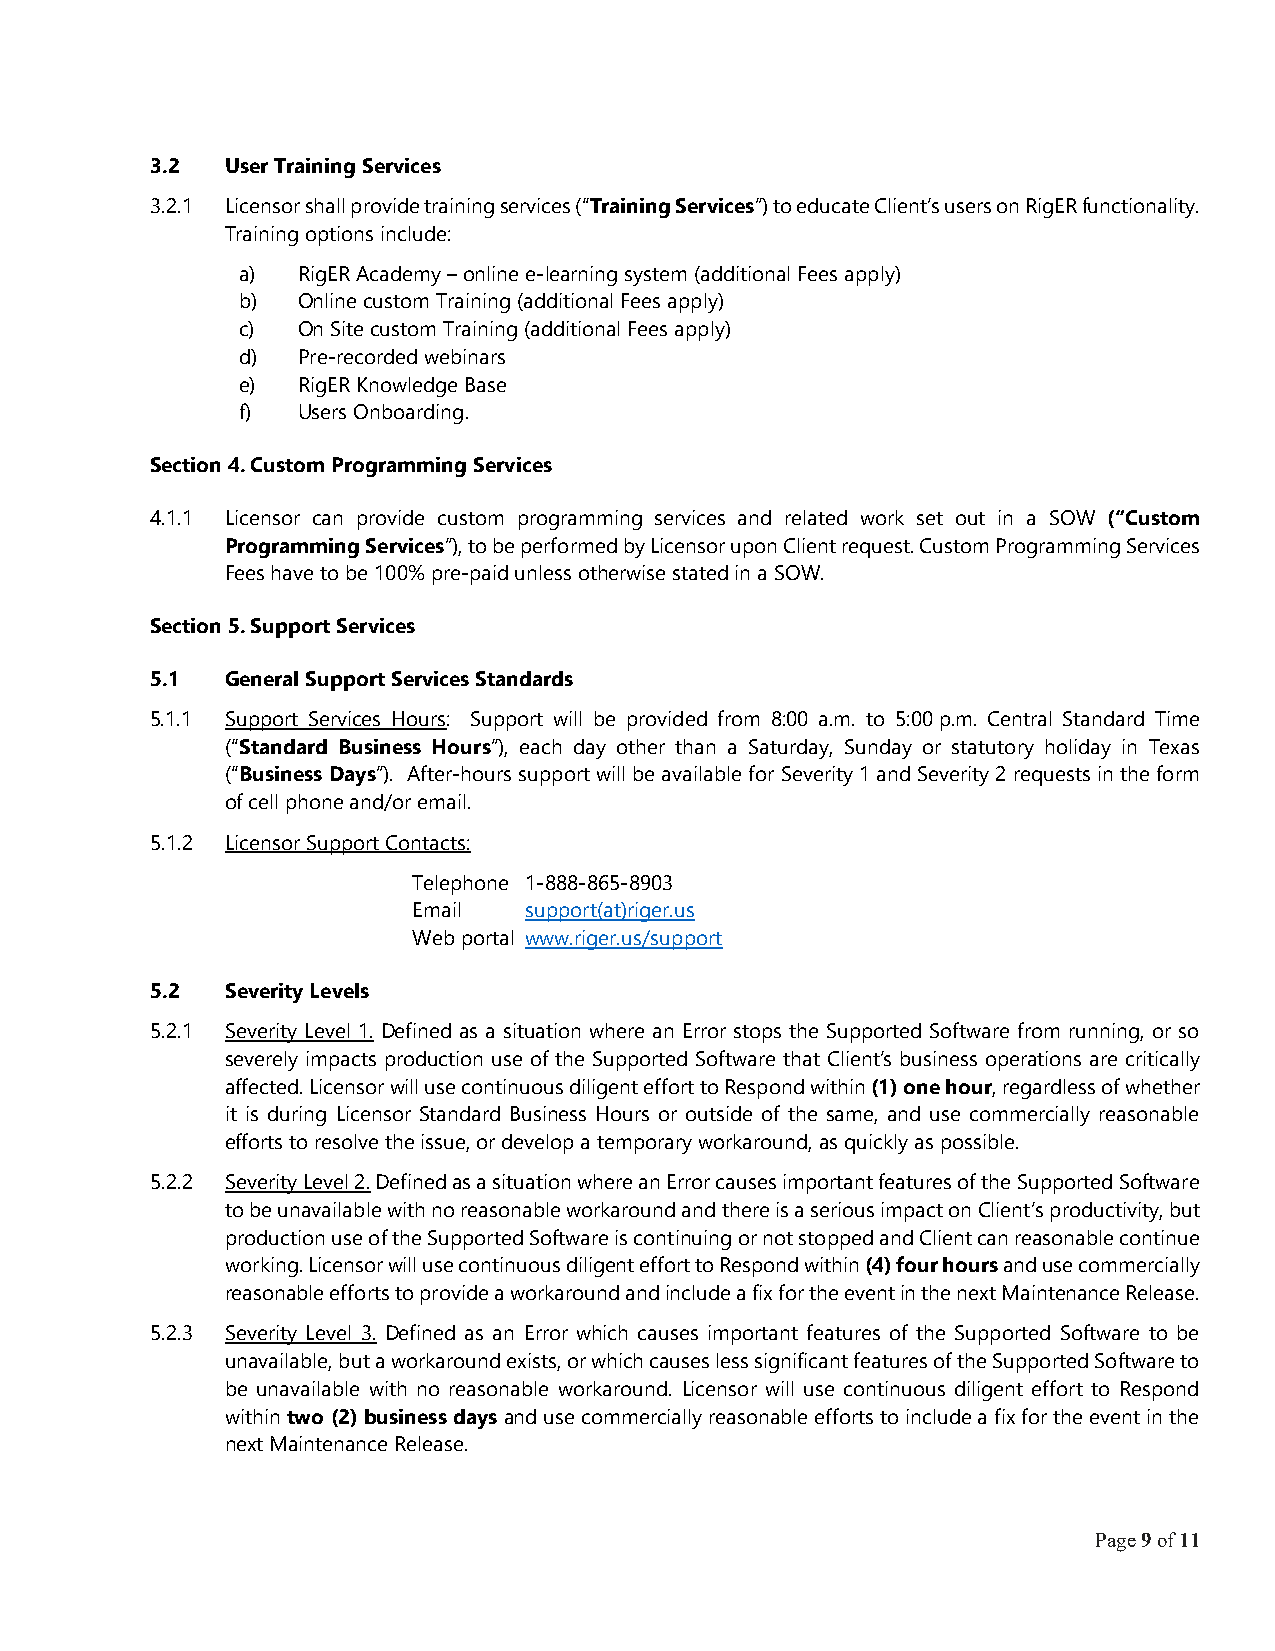
3.2  User Training Services
 3.2.1 Licensor shall provide training services (“Training Services”) to educate Client’s users on RigER functionality.
 Training options include:
 a)  RigER Academy – online e-learning system (additional Fees apply)
 b)  Online custom Training (additional Fees apply)
 c)  On Site custom Training (additional Fees apply)
 d)  Pre-recorded webinars
 e)  RigER Knowledge Base
 f)  Users Onboarding.
 Section 4. Custom Programming Services
 4.1.1 Licensor can provide custom programming services and related work set out in a SOW (“Custom
 Programming Services”), to be performed by Licensor upon Client request. Custom Programming Services
 Fees have to be 100% pre-paid unless otherwise stated in a SOW.
 Section 5. Support Services
 5.1  General Support Services Standards
 5.1.1 Support Services Hours: Support will be provided from 8:00 a.m. to 5:00 p.m. Central Standard Time
 (“Standard Business Hours”), each day other than a Saturday, Sunday or statutory holiday in Texas
 (“Business Days”). After-hours support will be available for Severity 1 and Severity 2 requests in the form
 of cell phone and/or email.
 5.1.2 Licensor Support Contacts:
 Telephone 1-888-865-8903
 Email   support(at)riger.us
 Web portal www.riger.us/support
 5.2  Severity Levels
 5.2.1 Severity Level 1. Defined as a situation where an Error stops the Supported Software from running, or so
 severely impacts production use of the Supported Software that Client’s business operations are critically
 affected. Licensor will use continuous diligent effort to Respond within (1) one hour, regardless of whether
 it is during Licensor Standard Business Hours or outside of the same, and use commercially reasonable
 efforts to resolve the issue, or develop a temporary workaround, as quickly as possible.
 5.2.2 Severity Level 2. Defined as a situation where an Error causes important features of the Supported Software
 to be unavailable with no reasonable workaround and there is a serious impact on Client’s productivity, but
 production use of the Supported Software is continuing or not stopped and Client can reasonable continue
 working. Licensor will use continuous diligent effort to Respond within (4) four hours and use commercially
 reasonable efforts to provide a workaround and include a fix for the event in the next Maintenance Release.
 5.2.3 Severity Level 3. Defined as an Error which causes important features of the Supported Software to be
 unavailable, but a workaround exists, or which causes less significant features of the Supported Software to
 be unavailable with no reasonable workaround. Licensor will use continuous diligent effort to Respond
 within two (2) business days and use commercially reasonable efforts to include a fix for the event in the
 next Maintenance Release.
 Page 9 of 11